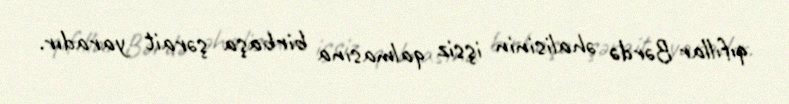
qıfıllar Bərdə əhalisinin işsiz qalmasına birbaşa şərait yaradır.